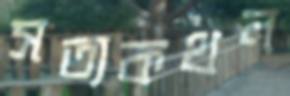
সত্যকথন